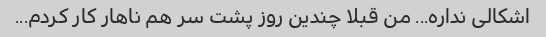
اشکالی نداره... من قبلا چندین روز پشت سر هم ناهار کار کردم...